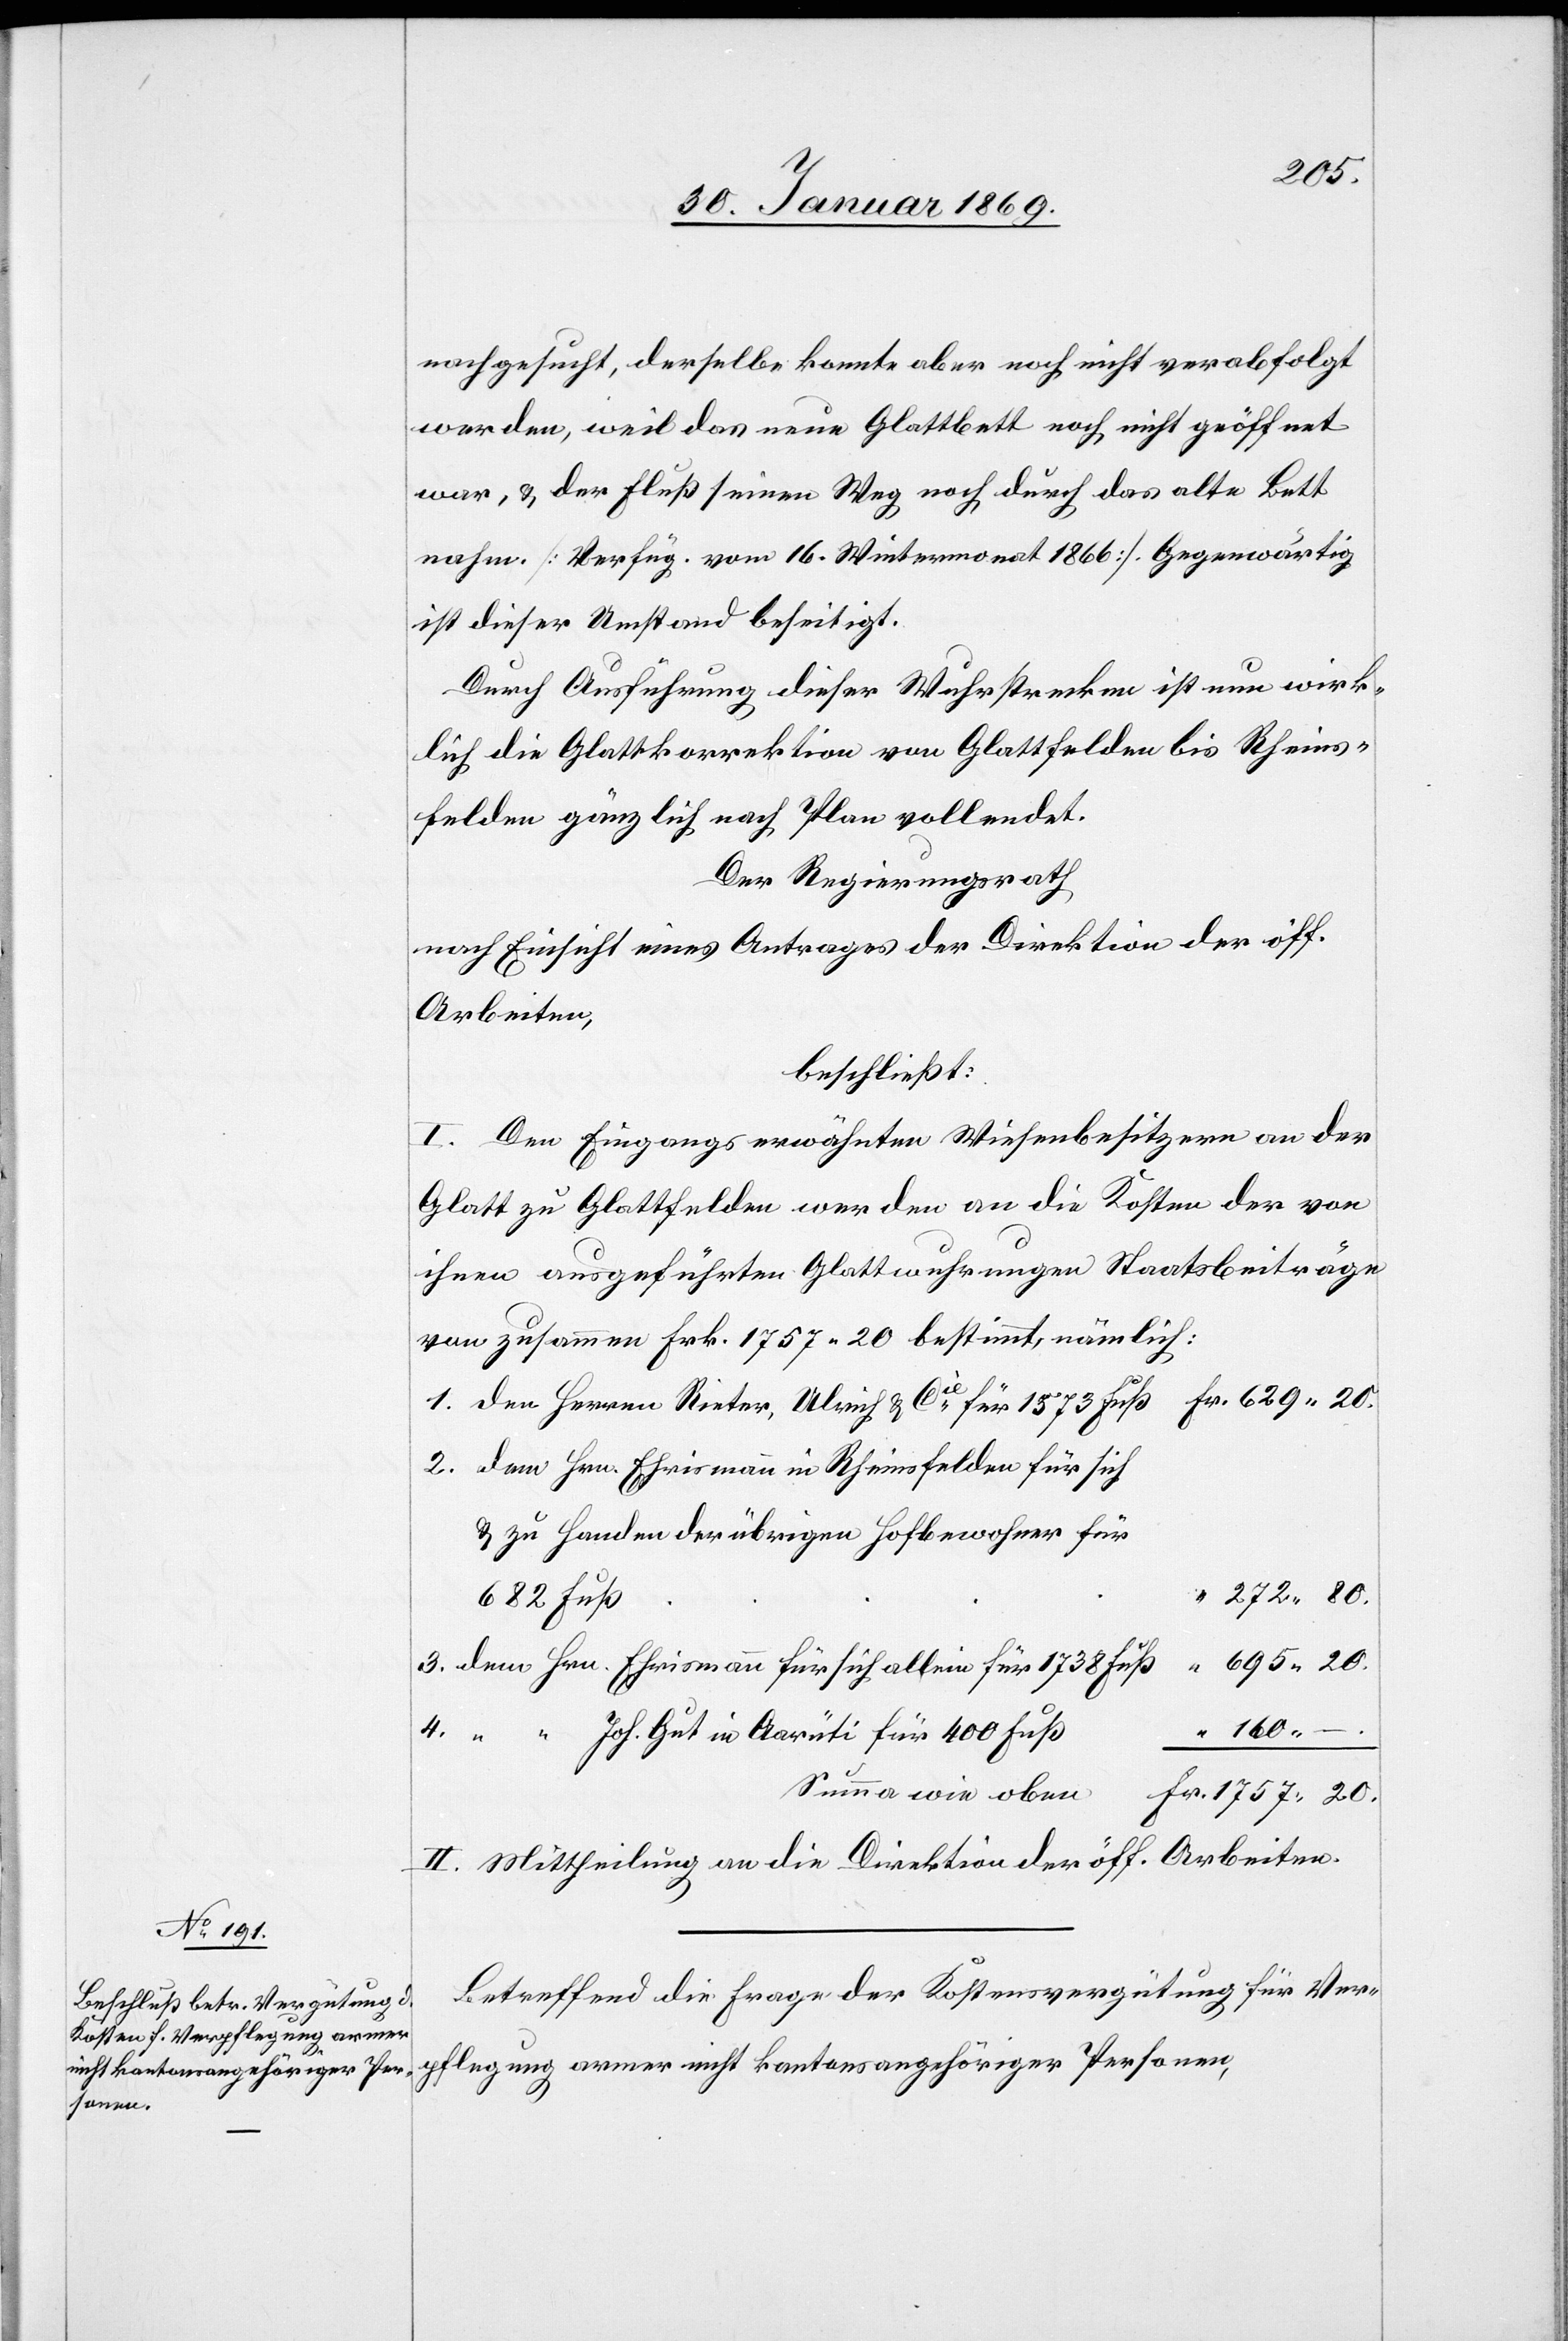
nachgesucht, derselbe konnte aber noch nicht verabfolgt
werden, weil das neue Glattbett noch nicht geöffnet
war, u. der Fluß seinen Weg noch durch das alte Bett
nahm. [Verfüg. vom 16. Wintermonat 1866]. Gegenwärtig
ist dieser Umstand beseitigt.
Durch Ausführung dieser Wuhrstrecken ist nun wirk¬
lich die Glattkorrektion von Glattfelden bis Rheins¬
felden gänzlich nach Plan vollendet.
Der Regierungsrath,
nach Einsicht eines Antrages der Direktion der öff.
Arbeiten,
beschließt:
I. Den Eingangs erwähnten Wiesenbesitzern an der
Glatt zu Glattfelden werden an die Kosten der von
ihnen ausgeführten Glattwuhrungen Staatsbeiträge
von zusammen Frk. 1757.20 bestimmt, nämlich:
1. Den Herren Rieter, Ulrich u. Cie für 1573 Fuß 					Fr. 629.20.
2. Dem Hrn. Ehrismann in Rheinfelden für sich
272.80.
695.20.
4.
3. Dem Hrn. Ehrismann für sich allein für 1738
160. –
Joh. Gut in Aarüti für 400
u.
Summa wie oben
Fr. 1757.20.
II. Mittheilung an die Direktion der öff. Arbeiten.
Betreffend die Frage der Kostenvergütung für Ver¬
pflegung armer nicht kantonsangehöriger Personen,